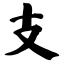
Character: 支